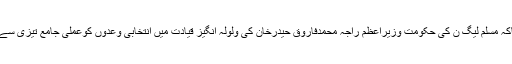
انھوں نے کہاکہ مسلم لیگ ن کی حکومت وزیراعظم راجہ محمدفاروق حیدرخان کی ولولہ انگیز قیادت میں انتخابی وعدوں کوعملی جامع تیزی سے پہنارہی ہے۔